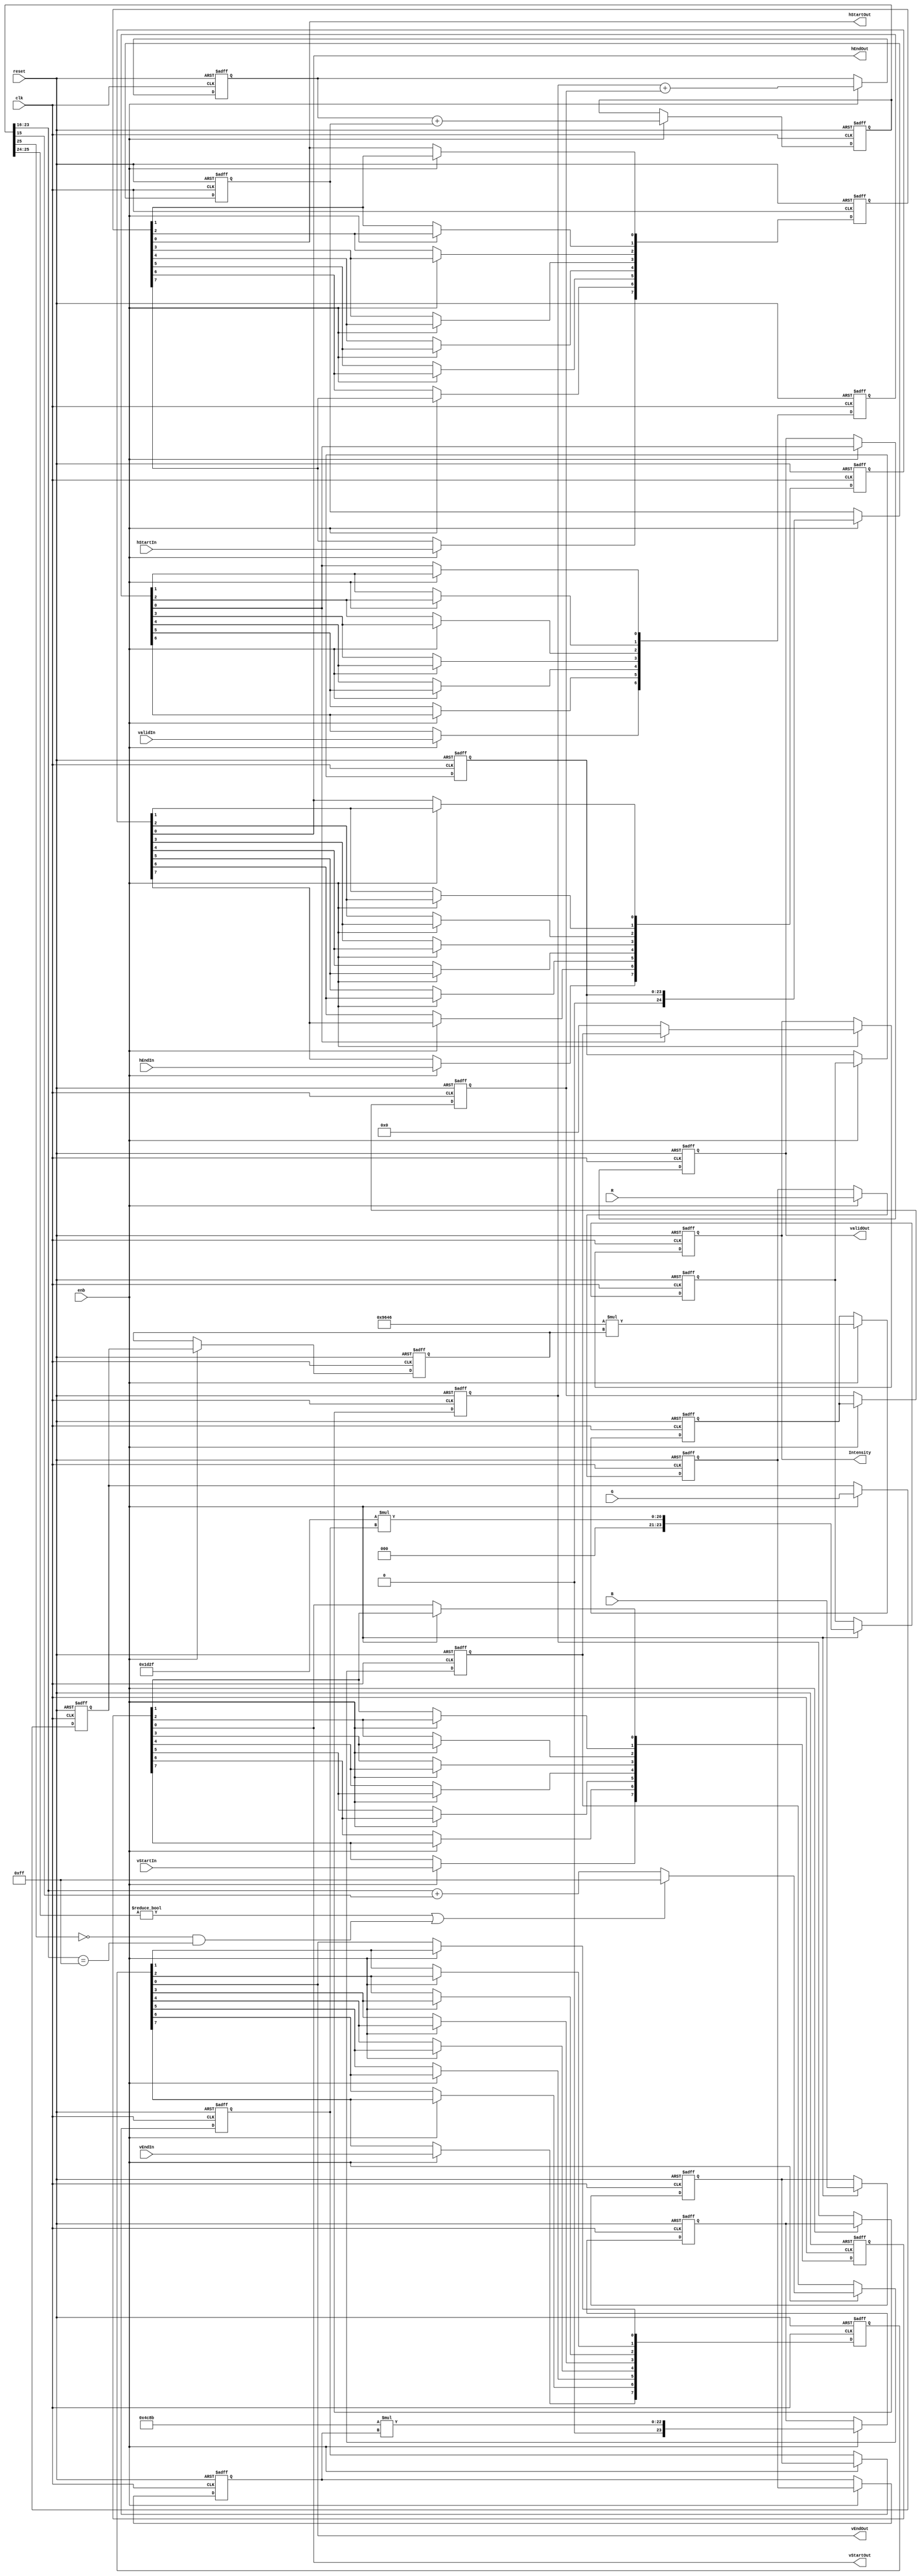
// -------------------------------------------------------------
// 
// 
// Generated by MATLAB 9.6 and HDL Coder 3.14
// 
// -------------------------------------------------------------


// -------------------------------------------------------------
// 
// Module: BirdEyeViewImproved_ip_src_RGB2INTENSITY
// Source Path: BirdEyeView_Bilinear_V1/IP_Core/Color Space Converter/RGB2INTENSITY
// Hierarchy Level: 2
// 
// RGB to Intensity Converter
// 
// -------------------------------------------------------------

`timescale 1 ns / 1 ns

module BirdEyeViewImproved_ip_src_RGB2INTENSITY
          (clk,
           reset,
           enb,
           R,
           G,
           B,
           hStartIn,
           hEndIn,
           vStartIn,
           vEndIn,
           validIn,
           Intensity,
           hStartOut,
           hEndOut,
           vStartOut,
           vEndOut,
           validOut);


  input   clk;
  input   reset;
  input   enb;
  input   [7:0] R;  // uint8
  input   [7:0] G;  // uint8
  input   [7:0] B;  // uint8
  input   hStartIn;
  input   hEndIn;
  input   vStartIn;
  input   vEndIn;
  input   validIn;
  output  [7:0] Intensity;  // uint8
  output  hStartOut;
  output  hEndOut;
  output  vStartOut;
  output  vEndOut;
  output  validOut;


  reg  [0:6] intdelay_reg;  // ufix1 [7]
  wire [0:6] intdelay_reg_next;  // ufix1 [7]
  wire Mux_Sel;
  wire [7:0] const_zero;  // uint8
  reg [7:0] multiInDelay1_reg [0:1];  // ufix8 [2]
  wire [7:0] multiInDelay1_reg_next [0:1];  // ufix8 [2]
  wire [7:0] multiInReg1;  // uint8
  wire [23:0] multiOut1;  // ufix24_En16
  reg [23:0] multiOutDelay1_reg [0:1];  // ufix24 [2]
  wire [23:0] multiOutDelay1_reg_next [0:1];  // ufix24_En16 [2]
  wire [23:0] multiOutReg1;  // ufix24_En16
  reg [7:0] multiInDelay2_reg [0:1];  // ufix8 [2]
  wire [7:0] multiInDelay2_reg_next [0:1];  // ufix8 [2]
  wire [7:0] multiInReg2;  // uint8
  wire [23:0] multiOut2;  // ufix24_En16
  reg [23:0] multiOutDelay2_reg [0:1];  // ufix24 [2]
  wire [23:0] multiOutDelay2_reg_next [0:1];  // ufix24_En16 [2]
  wire [23:0] multiOutReg2;  // ufix24_En16
  wire [24:0] adder_add_cast;  // ufix25_En16
  wire [24:0] adder_add_cast_1;  // ufix25_En16
  wire [24:0] S1_up;  // ufix25_En16
  reg [24:0] S1_up_delay;  // ufix25_En16
  reg [7:0] multiInDelay3_reg [0:1];  // ufix8 [2]
  wire [7:0] multiInDelay3_reg_next [0:1];  // ufix8 [2]
  wire [7:0] multiInReg3;  // uint8
  wire [23:0] multiOut3;  // ufix24_En16
  reg [23:0] multiOutDelay3_reg [0:1];  // ufix24 [2]
  wire [23:0] multiOutDelay3_reg_next [0:1];  // ufix24_En16 [2]
  wire [23:0] multiOutReg3;  // ufix24_En16
  wire [24:0] S1_down_delay;  // ufix25_En16
  reg [24:0] S1_down_delay_1;  // ufix25_En16
  wire [25:0] adder_add_cast_2;  // ufix26_En16
  wire [25:0] adder_add_cast_3;  // ufix26_En16
  wire [25:0] S2;  // ufix26_En16
  reg [25:0] S2_delay;  // ufix26_En16
  wire [7:0] castout;  // uint8
  reg [7:0] cast_delay;  // uint8
  wire [7:0] SwitchOut;  // uint8
  reg [7:0] Intensity_1;  // uint8
  reg  [0:7] hStart_reg;  // ufix1 [8]
  wire [0:7] hStart_reg_next;  // ufix1 [8]
  reg  [0:7] hEnd_reg;  // ufix1 [8]
  wire [0:7] hEnd_reg_next;  // ufix1 [8]
  reg  [0:7] vStart_reg;  // ufix1 [8]
  wire [0:7] vStart_reg_next;  // ufix1 [8]
  reg  [0:7] vEnd_reg;  // ufix1 [8]
  wire [0:7] vEnd_reg_next;  // ufix1 [8]
  reg  validOut_1;


  always @(posedge clk or posedge reset)
    begin : intdelay_process
      if (reset == 1'b1) begin
        intdelay_reg[0] <= 1'b0;
        intdelay_reg[1] <= 1'b0;
        intdelay_reg[2] <= 1'b0;
        intdelay_reg[3] <= 1'b0;
        intdelay_reg[4] <= 1'b0;
        intdelay_reg[5] <= 1'b0;
        intdelay_reg[6] <= 1'b0;
      end
      else begin
        if (enb) begin
          intdelay_reg[0] <= intdelay_reg_next[0];
          intdelay_reg[1] <= intdelay_reg_next[1];
          intdelay_reg[2] <= intdelay_reg_next[2];
          intdelay_reg[3] <= intdelay_reg_next[3];
          intdelay_reg[4] <= intdelay_reg_next[4];
          intdelay_reg[5] <= intdelay_reg_next[5];
          intdelay_reg[6] <= intdelay_reg_next[6];
        end
      end
    end

  assign Mux_Sel = intdelay_reg[6];
  assign intdelay_reg_next[0] = validIn;
  assign intdelay_reg_next[1] = intdelay_reg[0];
  assign intdelay_reg_next[2] = intdelay_reg[1];
  assign intdelay_reg_next[3] = intdelay_reg[2];
  assign intdelay_reg_next[4] = intdelay_reg[3];
  assign intdelay_reg_next[5] = intdelay_reg[4];
  assign intdelay_reg_next[6] = intdelay_reg[5];



  assign const_zero = 8'b00000000;



  always @(posedge clk or posedge reset)
    begin : multiInDelay1_process
      if (reset == 1'b1) begin
        multiInDelay1_reg[0] <= 8'b00000000;
        multiInDelay1_reg[1] <= 8'b00000000;
      end
      else begin
        if (enb) begin
          multiInDelay1_reg[0] <= multiInDelay1_reg_next[0];
          multiInDelay1_reg[1] <= multiInDelay1_reg_next[1];
        end
      end
    end

  assign multiInReg1 = multiInDelay1_reg[1];
  assign multiInDelay1_reg_next[0] = R;
  assign multiInDelay1_reg_next[1] = multiInDelay1_reg[0];



  assign multiOut1 = 16'b0100110010001011 * multiInReg1;



  always @(posedge clk or posedge reset)
    begin : multiOutDelay1_process
      if (reset == 1'b1) begin
        multiOutDelay1_reg[0] <= 24'b000000000000000000000000;
        multiOutDelay1_reg[1] <= 24'b000000000000000000000000;
      end
      else begin
        if (enb) begin
          multiOutDelay1_reg[0] <= multiOutDelay1_reg_next[0];
          multiOutDelay1_reg[1] <= multiOutDelay1_reg_next[1];
        end
      end
    end

  assign multiOutReg1 = multiOutDelay1_reg[1];
  assign multiOutDelay1_reg_next[0] = multiOut1;
  assign multiOutDelay1_reg_next[1] = multiOutDelay1_reg[0];



  always @(posedge clk or posedge reset)
    begin : multiInDelay2_process
      if (reset == 1'b1) begin
        multiInDelay2_reg[0] <= 8'b00000000;
        multiInDelay2_reg[1] <= 8'b00000000;
      end
      else begin
        if (enb) begin
          multiInDelay2_reg[0] <= multiInDelay2_reg_next[0];
          multiInDelay2_reg[1] <= multiInDelay2_reg_next[1];
        end
      end
    end

  assign multiInReg2 = multiInDelay2_reg[1];
  assign multiInDelay2_reg_next[0] = G;
  assign multiInDelay2_reg_next[1] = multiInDelay2_reg[0];



  assign multiOut2 = 16'b1001011001000110 * multiInReg2;



  always @(posedge clk or posedge reset)
    begin : multiOutDelay2_process
      if (reset == 1'b1) begin
        multiOutDelay2_reg[0] <= 24'b000000000000000000000000;
        multiOutDelay2_reg[1] <= 24'b000000000000000000000000;
      end
      else begin
        if (enb) begin
          multiOutDelay2_reg[0] <= multiOutDelay2_reg_next[0];
          multiOutDelay2_reg[1] <= multiOutDelay2_reg_next[1];
        end
      end
    end

  assign multiOutReg2 = multiOutDelay2_reg[1];
  assign multiOutDelay2_reg_next[0] = multiOut2;
  assign multiOutDelay2_reg_next[1] = multiOutDelay2_reg[0];



  assign adder_add_cast = {1'b0, multiOutReg1};
  assign adder_add_cast_1 = {1'b0, multiOutReg2};
  assign S1_up = adder_add_cast + adder_add_cast_1;



  always @(posedge clk or posedge reset)
    begin : intdelay_1_process
      if (reset == 1'b1) begin
        S1_up_delay <= 25'b0000000000000000000000000;
      end
      else begin
        if (enb) begin
          S1_up_delay <= S1_up;
        end
      end
    end



  always @(posedge clk or posedge reset)
    begin : multiInDelay3_process
      if (reset == 1'b1) begin
        multiInDelay3_reg[0] <= 8'b00000000;
        multiInDelay3_reg[1] <= 8'b00000000;
      end
      else begin
        if (enb) begin
          multiInDelay3_reg[0] <= multiInDelay3_reg_next[0];
          multiInDelay3_reg[1] <= multiInDelay3_reg_next[1];
        end
      end
    end

  assign multiInReg3 = multiInDelay3_reg[1];
  assign multiInDelay3_reg_next[0] = B;
  assign multiInDelay3_reg_next[1] = multiInDelay3_reg[0];



  assign multiOut3 = 16'b0001110100101111 * multiInReg3;



  always @(posedge clk or posedge reset)
    begin : multiOutDelay3_process
      if (reset == 1'b1) begin
        multiOutDelay3_reg[0] <= 24'b000000000000000000000000;
        multiOutDelay3_reg[1] <= 24'b000000000000000000000000;
      end
      else begin
        if (enb) begin
          multiOutDelay3_reg[0] <= multiOutDelay3_reg_next[0];
          multiOutDelay3_reg[1] <= multiOutDelay3_reg_next[1];
        end
      end
    end

  assign multiOutReg3 = multiOutDelay3_reg[1];
  assign multiOutDelay3_reg_next[0] = multiOut3;
  assign multiOutDelay3_reg_next[1] = multiOutDelay3_reg[0];



  assign S1_down_delay = {1'b0, multiOutReg3};



  always @(posedge clk or posedge reset)
    begin : intdelay_2_process
      if (reset == 1'b1) begin
        S1_down_delay_1 <= 25'b0000000000000000000000000;
      end
      else begin
        if (enb) begin
          S1_down_delay_1 <= S1_down_delay;
        end
      end
    end



  assign adder_add_cast_2 = {1'b0, S1_up_delay};
  assign adder_add_cast_3 = {1'b0, S1_down_delay_1};
  assign S2 = adder_add_cast_2 + adder_add_cast_3;



  always @(posedge clk or posedge reset)
    begin : intdelay_3_process
      if (reset == 1'b1) begin
        S2_delay <= 26'b00000000000000000000000000;
      end
      else begin
        if (enb) begin
          S2_delay <= S2;
        end
      end
    end



  // convert dataOut to the data type of R, G, and B
  assign castout = ((S2_delay[25:24] != 2'b00) || ((S2_delay[25] == 1'b0) && (S2_delay[23:16] == 8'b11111111)) ? 8'b11111111 :
              S2_delay[23:16] + S2_delay[15]);



  always @(posedge clk or posedge reset)
    begin : intdelay_4_process
      if (reset == 1'b1) begin
        cast_delay <= 8'b00000000;
      end
      else begin
        if (enb) begin
          cast_delay <= castout;
        end
      end
    end



  assign SwitchOut = (Mux_Sel == 1'b0 ? const_zero :
              cast_delay);



  always @(posedge clk or posedge reset)
    begin : intdelay_5_process
      if (reset == 1'b1) begin
        Intensity_1 <= 8'b00000000;
      end
      else begin
        if (enb) begin
          Intensity_1 <= SwitchOut;
        end
      end
    end



  // delay hStart
  always @(posedge clk or posedge reset)
    begin : hStart_process
      if (reset == 1'b1) begin
        hStart_reg[0] <= 1'b0;
        hStart_reg[1] <= 1'b0;
        hStart_reg[2] <= 1'b0;
        hStart_reg[3] <= 1'b0;
        hStart_reg[4] <= 1'b0;
        hStart_reg[5] <= 1'b0;
        hStart_reg[6] <= 1'b0;
        hStart_reg[7] <= 1'b0;
      end
      else begin
        if (enb) begin
          hStart_reg[0] <= hStart_reg_next[0];
          hStart_reg[1] <= hStart_reg_next[1];
          hStart_reg[2] <= hStart_reg_next[2];
          hStart_reg[3] <= hStart_reg_next[3];
          hStart_reg[4] <= hStart_reg_next[4];
          hStart_reg[5] <= hStart_reg_next[5];
          hStart_reg[6] <= hStart_reg_next[6];
          hStart_reg[7] <= hStart_reg_next[7];
        end
      end
    end

  assign hStartOut = hStart_reg[7];
  assign hStart_reg_next[0] = hStartIn;
  assign hStart_reg_next[1] = hStart_reg[0];
  assign hStart_reg_next[2] = hStart_reg[1];
  assign hStart_reg_next[3] = hStart_reg[2];
  assign hStart_reg_next[4] = hStart_reg[3];
  assign hStart_reg_next[5] = hStart_reg[4];
  assign hStart_reg_next[6] = hStart_reg[5];
  assign hStart_reg_next[7] = hStart_reg[6];



  // delay hEnd
  always @(posedge clk or posedge reset)
    begin : hEnd_process
      if (reset == 1'b1) begin
        hEnd_reg[0] <= 1'b0;
        hEnd_reg[1] <= 1'b0;
        hEnd_reg[2] <= 1'b0;
        hEnd_reg[3] <= 1'b0;
        hEnd_reg[4] <= 1'b0;
        hEnd_reg[5] <= 1'b0;
        hEnd_reg[6] <= 1'b0;
        hEnd_reg[7] <= 1'b0;
      end
      else begin
        if (enb) begin
          hEnd_reg[0] <= hEnd_reg_next[0];
          hEnd_reg[1] <= hEnd_reg_next[1];
          hEnd_reg[2] <= hEnd_reg_next[2];
          hEnd_reg[3] <= hEnd_reg_next[3];
          hEnd_reg[4] <= hEnd_reg_next[4];
          hEnd_reg[5] <= hEnd_reg_next[5];
          hEnd_reg[6] <= hEnd_reg_next[6];
          hEnd_reg[7] <= hEnd_reg_next[7];
        end
      end
    end

  assign hEndOut = hEnd_reg[7];
  assign hEnd_reg_next[0] = hEndIn;
  assign hEnd_reg_next[1] = hEnd_reg[0];
  assign hEnd_reg_next[2] = hEnd_reg[1];
  assign hEnd_reg_next[3] = hEnd_reg[2];
  assign hEnd_reg_next[4] = hEnd_reg[3];
  assign hEnd_reg_next[5] = hEnd_reg[4];
  assign hEnd_reg_next[6] = hEnd_reg[5];
  assign hEnd_reg_next[7] = hEnd_reg[6];



  // delay vStart
  always @(posedge clk or posedge reset)
    begin : vStart_process
      if (reset == 1'b1) begin
        vStart_reg[0] <= 1'b0;
        vStart_reg[1] <= 1'b0;
        vStart_reg[2] <= 1'b0;
        vStart_reg[3] <= 1'b0;
        vStart_reg[4] <= 1'b0;
        vStart_reg[5] <= 1'b0;
        vStart_reg[6] <= 1'b0;
        vStart_reg[7] <= 1'b0;
      end
      else begin
        if (enb) begin
          vStart_reg[0] <= vStart_reg_next[0];
          vStart_reg[1] <= vStart_reg_next[1];
          vStart_reg[2] <= vStart_reg_next[2];
          vStart_reg[3] <= vStart_reg_next[3];
          vStart_reg[4] <= vStart_reg_next[4];
          vStart_reg[5] <= vStart_reg_next[5];
          vStart_reg[6] <= vStart_reg_next[6];
          vStart_reg[7] <= vStart_reg_next[7];
        end
      end
    end

  assign vStartOut = vStart_reg[7];
  assign vStart_reg_next[0] = vStartIn;
  assign vStart_reg_next[1] = vStart_reg[0];
  assign vStart_reg_next[2] = vStart_reg[1];
  assign vStart_reg_next[3] = vStart_reg[2];
  assign vStart_reg_next[4] = vStart_reg[3];
  assign vStart_reg_next[5] = vStart_reg[4];
  assign vStart_reg_next[6] = vStart_reg[5];
  assign vStart_reg_next[7] = vStart_reg[6];



  // delay vEnd
  always @(posedge clk or posedge reset)
    begin : vEnd_process
      if (reset == 1'b1) begin
        vEnd_reg[0] <= 1'b0;
        vEnd_reg[1] <= 1'b0;
        vEnd_reg[2] <= 1'b0;
        vEnd_reg[3] <= 1'b0;
        vEnd_reg[4] <= 1'b0;
        vEnd_reg[5] <= 1'b0;
        vEnd_reg[6] <= 1'b0;
        vEnd_reg[7] <= 1'b0;
      end
      else begin
        if (enb) begin
          vEnd_reg[0] <= vEnd_reg_next[0];
          vEnd_reg[1] <= vEnd_reg_next[1];
          vEnd_reg[2] <= vEnd_reg_next[2];
          vEnd_reg[3] <= vEnd_reg_next[3];
          vEnd_reg[4] <= vEnd_reg_next[4];
          vEnd_reg[5] <= vEnd_reg_next[5];
          vEnd_reg[6] <= vEnd_reg_next[6];
          vEnd_reg[7] <= vEnd_reg_next[7];
        end
      end
    end

  assign vEndOut = vEnd_reg[7];
  assign vEnd_reg_next[0] = vEndIn;
  assign vEnd_reg_next[1] = vEnd_reg[0];
  assign vEnd_reg_next[2] = vEnd_reg[1];
  assign vEnd_reg_next[3] = vEnd_reg[2];
  assign vEnd_reg_next[4] = vEnd_reg[3];
  assign vEnd_reg_next[5] = vEnd_reg[4];
  assign vEnd_reg_next[6] = vEnd_reg[5];
  assign vEnd_reg_next[7] = vEnd_reg[6];



  always @(posedge clk or posedge reset)
    begin : intdelay_6_process
      if (reset == 1'b1) begin
        validOut_1 <= 1'b0;
      end
      else begin
        if (enb) begin
          validOut_1 <= Mux_Sel;
        end
      end
    end



  assign Intensity = Intensity_1;

  assign validOut = validOut_1;

endmodule  // BirdEyeViewImproved_ip_src_RGB2INTENSITY